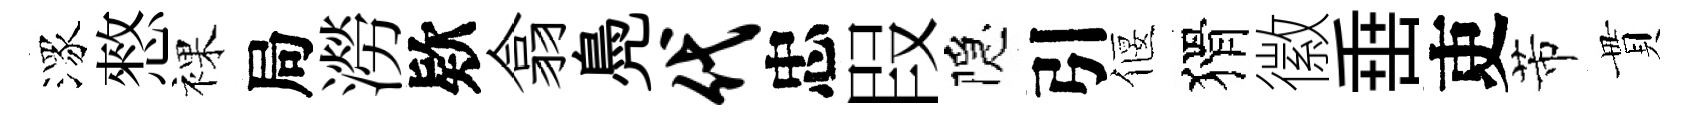
潈憗裸局澇欵翕鳧代忠叚隠引偃猾徽𡸁吏芾貫